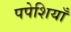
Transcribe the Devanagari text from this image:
पपेशियाँ